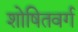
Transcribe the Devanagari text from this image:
शोषितवर्ग